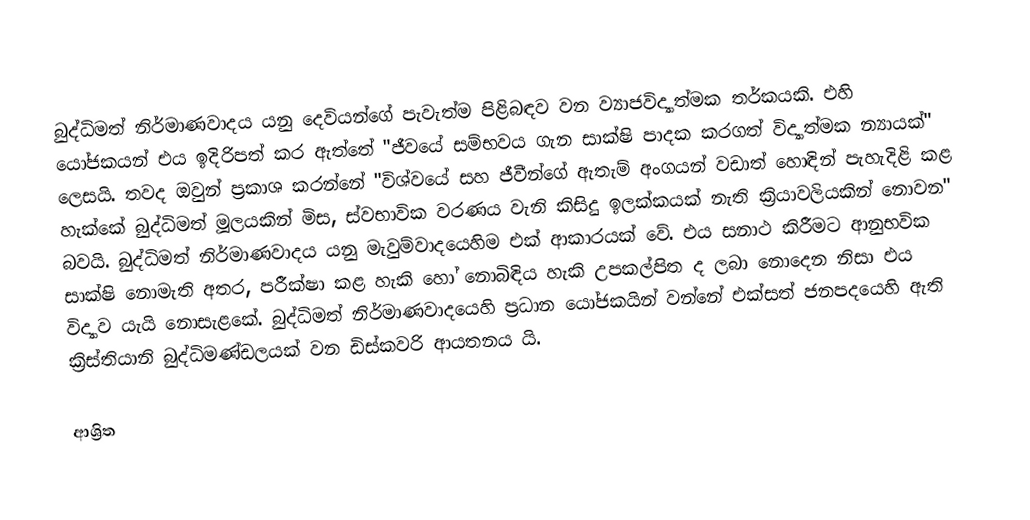
බුද්ධිමත් නිර්මාණවාදය යනු දෙවියන්ගේ පැවැත්ම පිළිබඳව වන ව්‍යාජවිද්‍යාත්මක තර්කයකි. එහි යෝජකයන් එය ඉදිරිපත් කර ඇත්තේ "ජීවයේ සම්භවය ගැන සාක්ෂි පාදක කරගත් විද්‍යාත්මක න්‍යායක්" ලෙසයි. තවද ඔවුන් ප්‍රකාශ කරන්නේ "විශ්වයේ සහ ජීවීන්ගේ ඇතැම් අංගයන් වඩාත් හොඳින් පැහැදිළි කළ හැක්කේ බුද්ධිමත් මූලයකින් මිස, ස්වභාවික වරණය වැනි කිසිදු ඉලක්කයක් නැති ක්‍රියාවලියකින් නොවන" බවයි. බුද්ධිමත් නිර්මාණවාදය යනු මැවුම්වාදයෙහිම එක් ආකාරයක් වේ. එය සනාථ කිරීමට ආනුභවික සාක්ෂි නොමැති අතර, පරීක්ෂා කළ හැකි හෝ නොබිඳිය හැකි උපකල්පිත ද ලබා නොදෙන නිසා එය විද්‍යාව යැයි නොසැළකේ. බුද්ධිමත් නිර්මාණවාදයෙහි ප්‍රධාන යෝජකයින් වන්නේ එක්සත් ජනපදයෙහි ඇති ක්‍රිස්තියානි බුද්ධිමණ්ඩලයක් වන ඩිස්කවරි ආයතනය යි.

ආශ්‍රිත